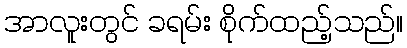
အာလူးတွင် ခရမ်း စိုက်ထည့်သည်။